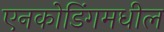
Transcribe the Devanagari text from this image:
एनकोडिंगमधील